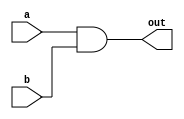
`timescale 1ns / 1ps
//////////////////////////////////////////////////////////////////////////////////
// 
// Module Name: and_a_b
// Project Name: project 2
// Target Devices: FPGA board
// Description: a&&b
// 
// Dependencies: a,b
//////////////////////////////////////////////////////////////////////////////////


module and_a_b(a,b,out);
input a,b;
output out;
reg out;

always @(a,b)
  out=a&&b;
endmodule